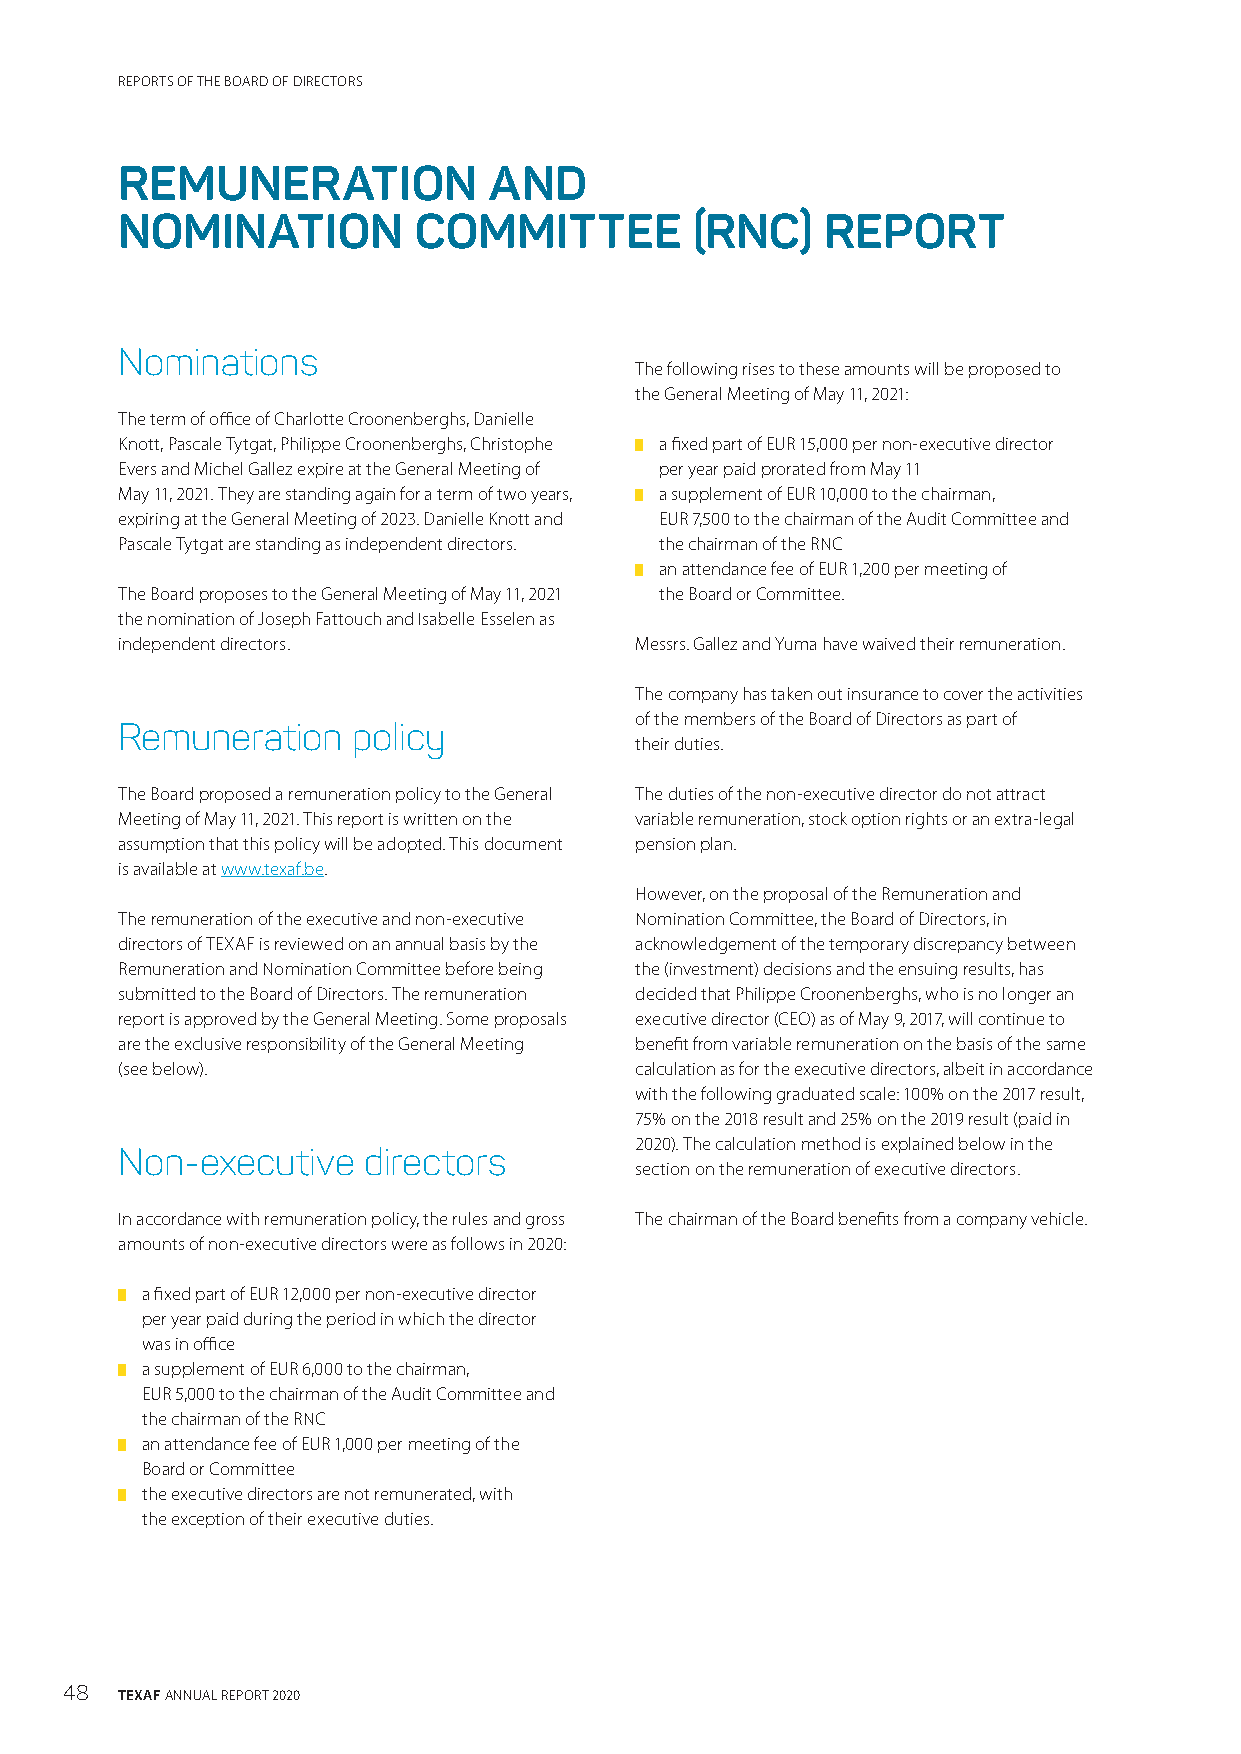
REPORTS OF THE BOARD OF DIRECTORS
 REMUNERATION            AND
 NOMINATION         COMMITTEE          (RNC)   REPORT
 Nominations
 The following rises to these amounts will be proposed to
 the General Meeting of May 11, 2021:
 The term of office of Charlotte Croonenberghs, Danielle
 Knott, Pascale Tytgat, Philippe Croonenberghs, Christophe █ a fixed part of EUR 15,000 per non-executive director
 Evers and Michel Gallez expire at the General Meeting of per year paid prorated from May 11
 May 11, 2021. They are standing again for a term of two years, █ a supplement of EUR 10,000 to the chairman,
 expiring at the General Meeting of 2023. Danielle Knott and EUR 7,500 to the chairman of the Audit Committee and
 Pascale Tytgat are standing as independent directors. the chairman of the RNC
 █ an attendance fee of EUR 1,200 per meeting of
 The Board proposes to the General Meeting of May 11, 2021 the Board or Committee.
 the nomination of Joseph Fattouch and Isabelle Esselen as
 independent directors.            Messrs. Gallez and Yuma have waived their remuneration.
 The company has taken out insurance to cover the activities
 of the members of the Board of Directors as part of
 Remuneration   policy
 their duties.
 The Board proposed a remuneration policy to the General The duties of the non-executive director do not attract
 Meeting of May 11, 2021. This report is written on the variable remuneration, stock option rights or an extra-legal
 assumption that this policy will be adopted. This document pension plan.
 is available at www.texaf.be.
 However, on the proposal of the Remuneration and
 The remuneration of the executive and non-executive Nomination Committee, the Board of Directors, in
 directors of TEXAF is reviewed on an annual basis by the acknowledgement of the temporary discrepancy between
 Remuneration and Nomination Committee before being the (investment) decisions and the ensuing results, has
 submitted to the Board of Directors. The remuneration decided that Philippe Croonenberghs, who is no longer an
 report is approved by the General Meeting. Some proposals executive director (CEO) as of May 9, 2017, will continue to
 are the exclusive responsibility of the General Meeting benefit from variable remuneration on the basis of the same
 (see below).                      calculation as for the executive directors, albeit in accordance
 with the following graduated scale: 100% on the 2017 result,
 75% on the 2018 result and 25% on the 2019 result (paid in
 2020). The calculation method is explained below in the
 Non-executive   directors
 section on the remuneration of executive directors.
 In accordance with remuneration policy, the rules and gross The chairman of the Board benefits from a company vehicle.
 amounts of non-executive directors were as follows in 2020:
 █ a fixed part of EUR 12,000 per non-executive director
 per year paid during the period in which the director
 was in office
 █ a supplement of EUR 6,000 to the chairman,
 EUR 5,000 to the chairman of the Audit Committee and
 the chairman of the RNC
 █ an attendance fee of EUR 1,000 per meeting of the
 Board or Committee
 █ the executive directors are not remunerated, with
 the exception of their executive duties.
 48  TEXAF ANNUAL REPORT 2020